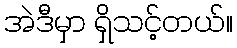
အဲဒီမှာ ရှိသင့်တယ်။